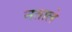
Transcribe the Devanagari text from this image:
नताले